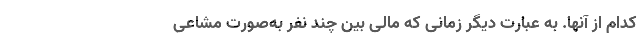
کدام از آنها. به عبارت دیگر زمانی که مالی بین چند نفر به‌صورت مشاعی